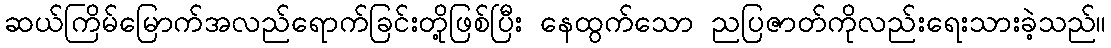
ဆယ်ကြိမ်မြောက်အလည်ရောက်ခြင်းတို့ဖြစ်ပြီး နေထွက်သော ညပြဇာတ်ကိုလည်းရေးသားခဲ့သည်။